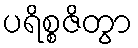
ပရိစ္စဇိတွာ